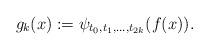
LaTeX: \begin{align*}g_k(x):=\psi_{t_0,t_1,\ldots,t_{2k}}(f(x)).\end{align*}